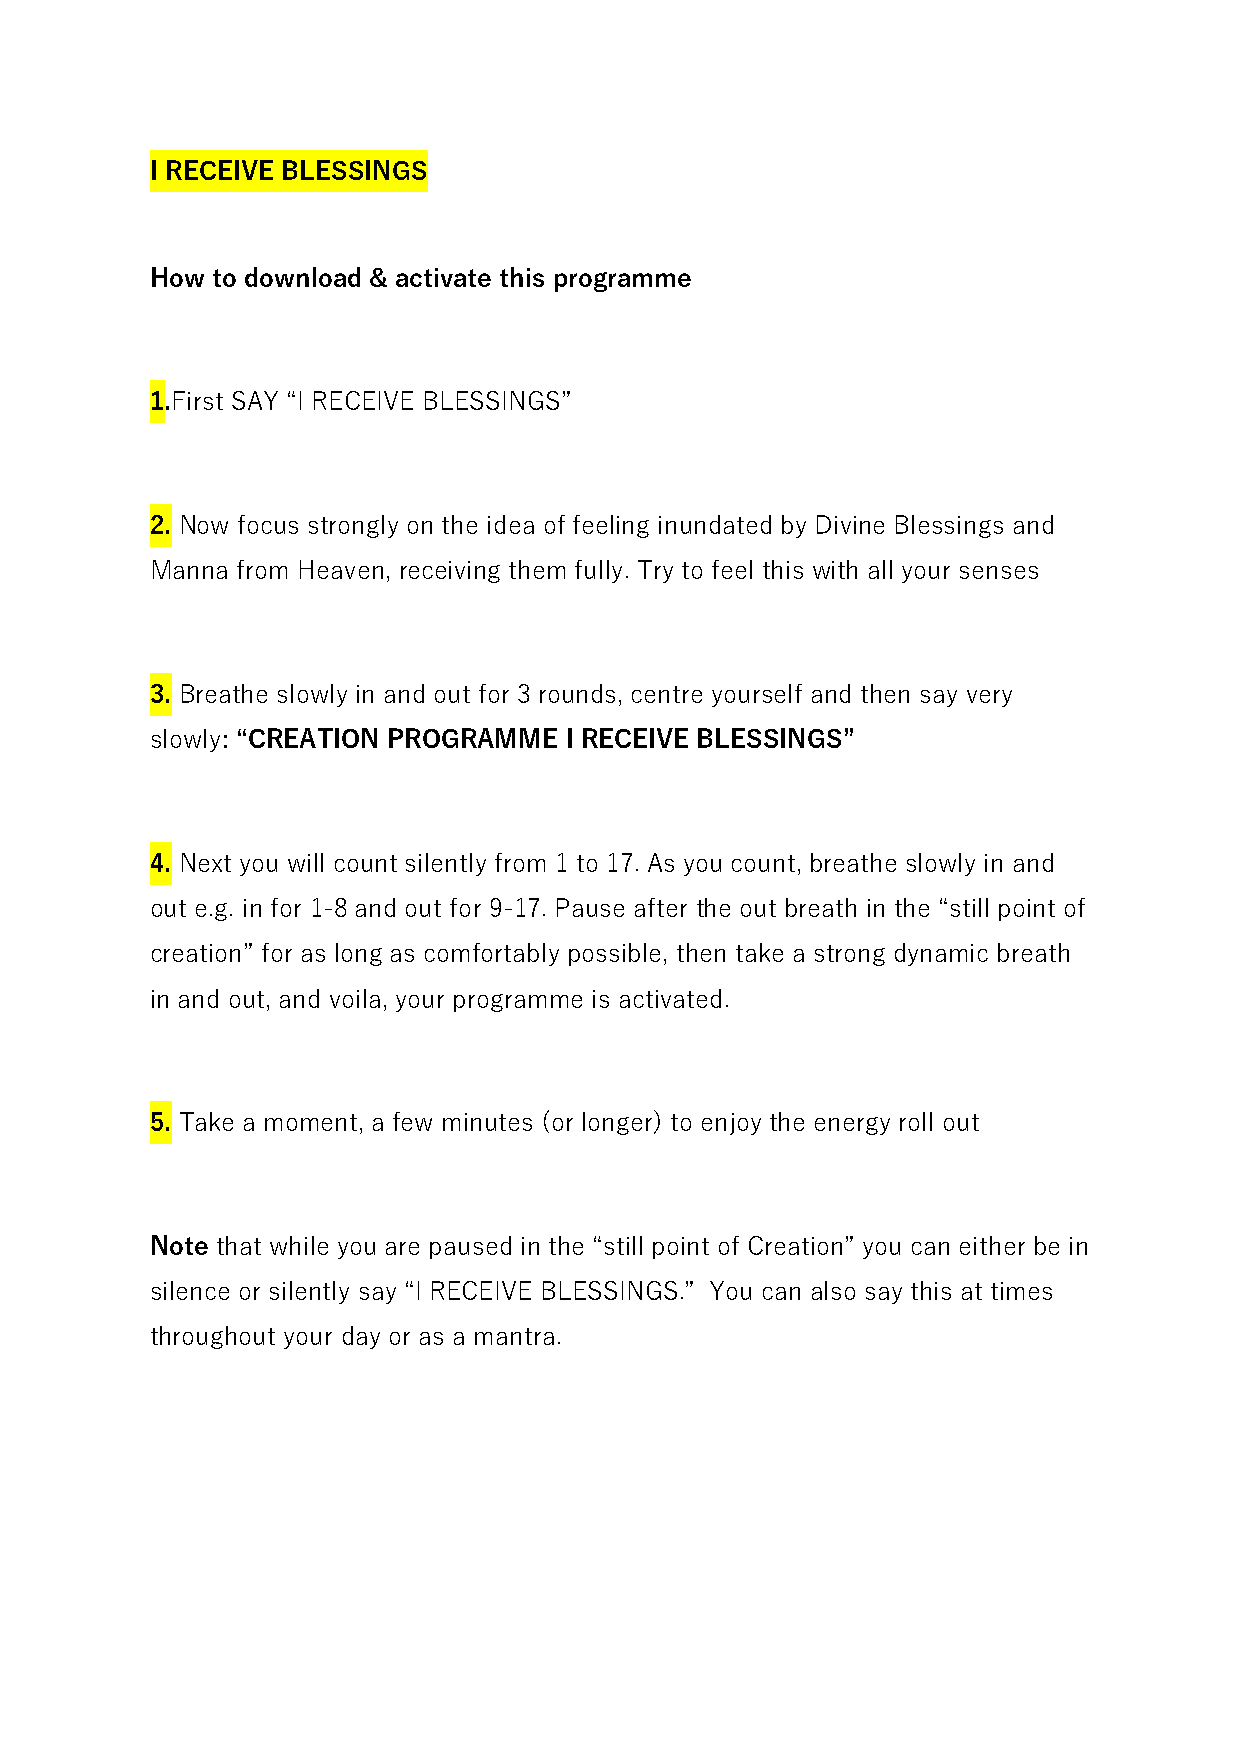
I RECEIVE BLESSINGS
 How to download & activate this programme
 1.First SAY “I RECEIVE BLESSINGS”
 2. Now focus strongly on the idea of feeling inundated by Divine Blessings and
 Manna from Heaven, receiving them fully. Try to feel this with all your senses
 3. Breathe slowly in and out for 3 rounds, centre yourself and then say very
 slowly: “CREATION PROGRAMME I RECEIVE BLESSINGS”
 4. Next you will count silently from 1 to 17. As you count, breathe slowly in and
 out e.g. in for 1-8 and out for 9-17. Pause after the out breath in the “still point of
 creation” for as long as comfortably possible, then take a strong dynamic breath
 in and out, and voila, your programme is activated.
 5. Take a moment, a few minutes (or longer) to enjoy the energy roll out
 Note that while you are paused in the “still point of Creation” you can either be in
 silence or silently say “I RECEIVE BLESSINGS.” You can also say this at times
 throughout your day or as a mantra.